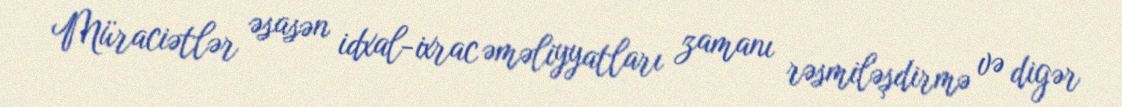
Müraciətlər əsasən idxal-ixrac əməliyyatları zamanı rəsmiləşdirmə və digər